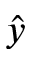
\hat { y }